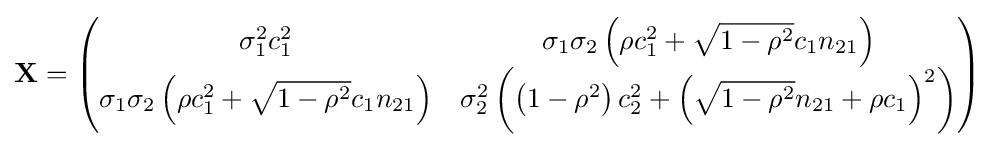
\mathbf {X} ={\begin{pmatrix}\sigma _{1}^{2}c_{1}^{2}&\sigma _{1}\sigma _{2}\left(\rho c_{1}^{2}+{\sqrt {1-\rho ^{2}}}c_{1}n_{21}\right)\\\sigma _{1}\sigma _{2}\left(\rho c_{1}^{2}+{\sqrt {1-\rho ^{2}}}c_{1}n_{21}\right)&\sigma _{2}^{2}\left(\left(1-\rho ^{2}\right)c_{2}^{2}+\left({\sqrt {1-\rho ^{2}}}n_{21}+\rho c_{1}\right)^{2}\right)\end{pmatrix}}